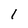
Character: 1